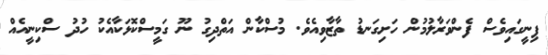
ފިނީގައިވެސް ފެންވަރާލުމުން ހަށިގަނޑު ތާޒާވިއެވެ. މުސްކާން އަތްދިގު ނޫ ގަމީސްކޮޅަކާއެކު ހުދު ސްކިނީއެއް